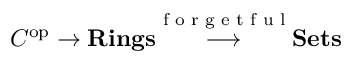
C ^ { \operatorname { o p } } \to \mathbf { R i n g s } { \stackrel { \textrm { f o r g e t f u l } } { \longrightarrow } } \mathbf { S e t s }